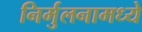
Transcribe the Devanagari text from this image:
निर्मुलनामध्ये